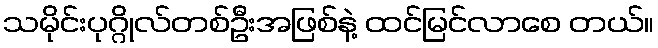
သမိုင်းပုဂ္ဂိုလ်တစ်ဦးအဖြစ်နဲ့ ထင်မြင်လာစေ တယ်။